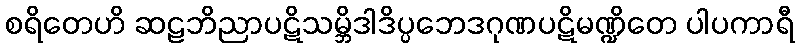
စရိတေဟိ ဆဠဘိညာပဋိသမ္ဘိဒါဒိပ္ပဘေဒဂုဏပဋိမဏ္ဍိတေ ပါပကာရီ